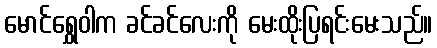
မောင်ရွှေဝါက ခင်ခင်လေးကို မေးထိုးပြရင်းမေးသည်။